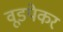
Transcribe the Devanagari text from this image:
वूडपेकर